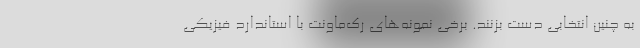
به چنین انتخابی دست بزنند. برخی نمونه‌های رک‌ماونت با استاندارد فیزیکی